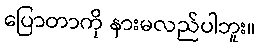
ပြောတာကို နားမလည်ပါဘူး။